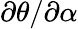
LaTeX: \partial\theta/\partial\alpha